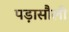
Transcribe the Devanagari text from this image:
पड़ासौली